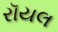
રૉયલ